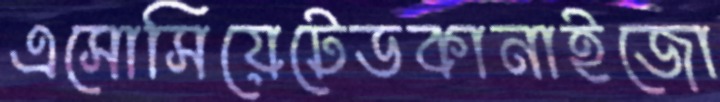
এসোসিয়েটেডকানাইজো